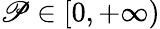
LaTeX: \mathscr{P}\in[0,+\infty)